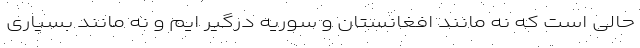
حالی است که نه مانند افغانستان و سوریه درگیر ایم و نه مانند بسیاری